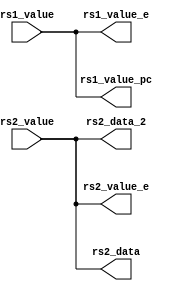
`timescale 1ns / 1ps
//////////////////////////////////////////////////////////////////////////////////
// Company: 
// Engineer: 
// 
// Design Name: 
// Module Name: rs1_rs2_controller
// Project Name: 
// Target Devices: 
// Tool Versions: 
// Description: 
// 
// Dependencies: 
// 
// Revision:
// Revision 0.01 - File Created
// Additional Comments:
// 
//////////////////////////////////////////////////////////////////////////////////


module rs1_rs2_controller(
    input wire [31:0] rs1_value,
    input wire [31:0] rs2_value,

    output wire [31:0] rs1_value_e, output wire [31:0] rs2_value_e, output wire [31:0] rs2_data, 
    output wire [31:0] rs2_data_2, output wire [31:0] rs1_value_pc
    );
    assign rs1_value_e = rs1_value;
    assign rs1_value_pc = rs1_value;
    assign rs2_value_e = rs2_value;
    assign rs2_data = rs2_value;
    assign rs2_data_2 = rs2_value;
endmodule